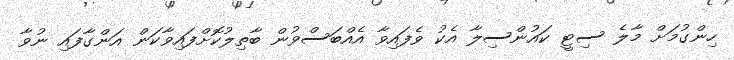
ހިންގުމަށް މާލެ ސިޓީ ކައުންސިލާ އެކު ވެފައިވާ އެއްބަސްވުން ބާތިލުކޮށްފައިވާކަން އަންގާފައި ނުވާ